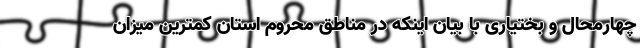
چهارمحال و بختیاری با بیان اینکه در مناطق محروم استان کمترین میزان